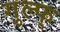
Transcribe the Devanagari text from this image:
गुल्फ्